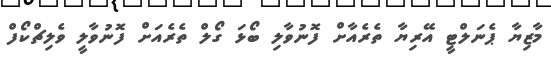
މާޒިޔާ ޕެނަލްޓީ އޭރިޔާ ތެރެއާށް ފޮނުވާލި ބޯޅަ ގޯލް ތެރެއަށް ފޮނުވާލީ ވެލިޗްކޯފް